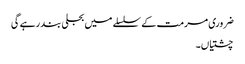
ضروری مرمت کے سلسلے میں بجلی بند رہے گی
چشتیاں۔